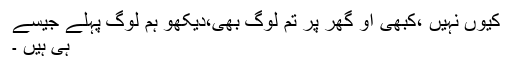
کیوں نہیں ،کبھی آؤ گھر پر تم لوگ بھی،دیکھو ہم لوگ پہلے جیسے
ہی ہیں ۔